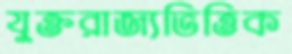
যুক্তরাজ্যভিত্তিক